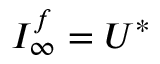
{ \cal I } _ { \infty } ^ { f } = U ^ { * }